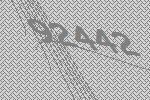
92442